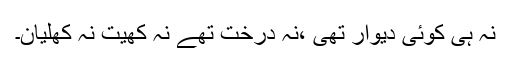
نہ ہی کوئی دیوار تھی ،نہ درخت تھے نہ کھیت نہ کھلیان۔